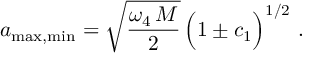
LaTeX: a _ { \mathrm { m a x , m i n } } = \sqrt { \frac { \omega _ { 4 } \, M } { 2 } } \, \Big ( 1 \pm c _ { 1 } \Big ) ^ { 1 / 2 } \, \, .